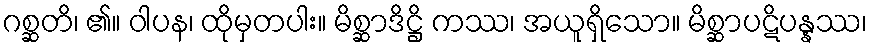
ဂစ္ဆတိ၊ ၏။ ဝါပန၊ ထိုမှတပါး။ မိစ္ဆာဒိဋ္ဌိ ကဿ၊ အယူရှိသော။ မိစ္ဆာပဋိပန္နဿ၊